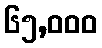
၆၅,၀၀၀